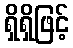
ရှိရှိဖြင့်